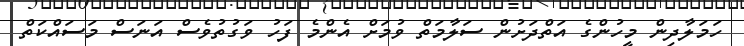
ހަމަލާދިން މީހުންގެ އަތްދަށުން ސަލާމަތް ވުމަށް އެންމެ ފަހު ވަގުތުވެސް އަނަސް މަސައްކަތް